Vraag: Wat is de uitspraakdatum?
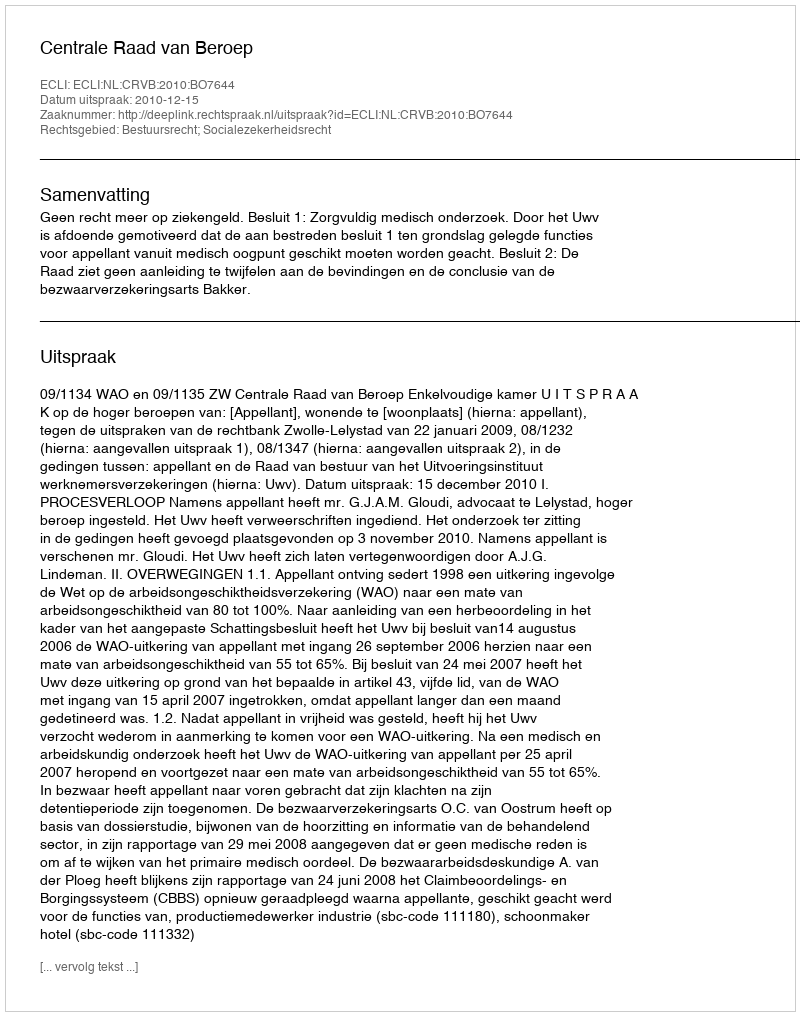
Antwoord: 2010-12-15